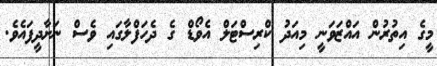
މީގެ އިތުރުން އައްޒަވަނީ މިއަދު ކްރިސްޓަލް އެވޯޑް ގެ ދެހަފްލާގައި ވެސް ނަށާދީފައެވެ.